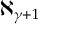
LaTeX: \aleph _ { \gamma + 1 }